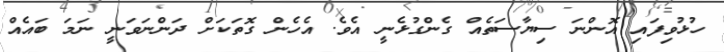
ހުޅުވިފައި އޮންނަ ސިޔާސަތެއް ގެންގުޅެނީ އެވެ. އެހެން ގޮތަކަށް ދަންނަވަނީ ނަމަ ބައެއް